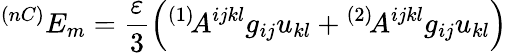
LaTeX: ^{(nC)}E_{m}=\frac{\varepsilon}3\left(^{(1)}\! A^{ijkl}g_{ij}u_{kl}+{}^{(2)}\! A^{ijkl}g_{ij}u_{kl}\right)